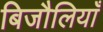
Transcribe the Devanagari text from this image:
बिजौलियाँ